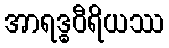
အာရဒ္ဓဝီရိယဿ